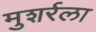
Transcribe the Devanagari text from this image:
मुशर्रला